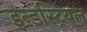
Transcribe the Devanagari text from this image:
इन्डस्ट्रियल